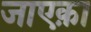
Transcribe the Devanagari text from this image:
जाएक़ा